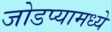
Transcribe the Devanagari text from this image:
जोडप्यामध्ये